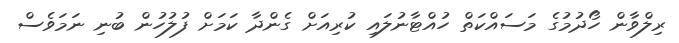
ރިލްވާން ހޯދުމުގެ މަސައްކަތް ހުއްޓާނުލައި ކުރިއަށް ގެންދާ ކަމަށް ފުލުހުން ބުނި ނަަމަވެސް